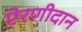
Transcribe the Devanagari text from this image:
ऐरणीदान